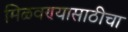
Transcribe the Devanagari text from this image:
मिळवण्यासाठीचा